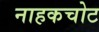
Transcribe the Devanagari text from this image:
नाहकचोट